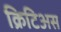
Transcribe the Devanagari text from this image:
क्रिटिअस